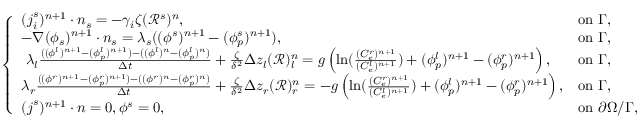
\left\{ \begin{array} { l l } { ( \boldsymbol { j } _ { i } ^ { s } ) ^ { n + 1 } \cdot \boldsymbol { n } _ { s } = - \gamma _ { i } \zeta ( \mathcal { R } ^ { s } ) ^ { n } , } & { \mathrm { o n ~ } \Gamma , } \\ { - \nabla ( \phi _ { s } ) ^ { n + 1 } \cdot \boldsymbol { n } _ { s } = \lambda _ { s } ( ( \phi ^ { s } ) ^ { n + 1 } - ( \phi _ { p } ^ { s } ) ^ { n + 1 } ) , } & { \mathrm { o n ~ } \Gamma , } \\ { ~ \lambda _ { l } \frac { ( ( \phi ^ { l } ) ^ { n + 1 } - ( \phi _ { p } ^ { l } ) ^ { n + 1 } ) - ( ( \phi ^ { l } ) ^ { n } - ( \phi _ { p } ^ { l } ) ^ { n } ) } { \Delta t } + \frac { \zeta } { \delta ^ { 2 } } \Delta z _ { l } ( \mathcal { R } ) _ { l } ^ { n } = g \left( \ln ( \frac { ( C _ { e } ^ { r } ) ^ { n + 1 } } { ( C _ { e } ^ { l } ) ^ { n + 1 } } ) + ( \phi _ { p } ^ { l } ) ^ { n + 1 } - ( \phi _ { p } ^ { r } ) ^ { n + 1 } \right) , } & { \mathrm { o n ~ } \Gamma , } \\ { \lambda _ { r } \frac { ( ( \phi ^ { r } ) ^ { n + 1 } - ( \phi _ { p } ^ { r } ) ^ { n + 1 } ) - ( ( \phi ^ { r } ) ^ { n } - ( \phi _ { p } ^ { r } ) ^ { n } ) } { \Delta t } + \frac { \zeta } { \delta ^ { 2 } } \Delta z _ { r } ( \mathcal { R } ) _ { r } ^ { n } = - g \left( \ln ( \frac { ( C _ { e } ^ { r } ) ^ { n + 1 } } { ( C _ { e } ^ { l } ) ^ { n + 1 } } ) + ( \phi _ { p } ^ { l } ) ^ { n + 1 } - ( \phi _ { p } ^ { r } ) ^ { n + 1 } \right) , } & { \mathrm { o n ~ } \Gamma , } \\ { ( \boldsymbol { j } ^ { s } ) ^ { n + 1 } \cdot \boldsymbol { n } = 0 , \phi ^ { s } = 0 , } & { \mathrm { o n ~ } \partial \Omega / \Gamma , } \end{array} \right.